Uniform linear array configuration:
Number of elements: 32
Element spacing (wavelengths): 1
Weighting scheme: cosine
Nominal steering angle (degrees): -45
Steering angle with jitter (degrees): -44.613
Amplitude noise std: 0.05
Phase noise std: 0.05

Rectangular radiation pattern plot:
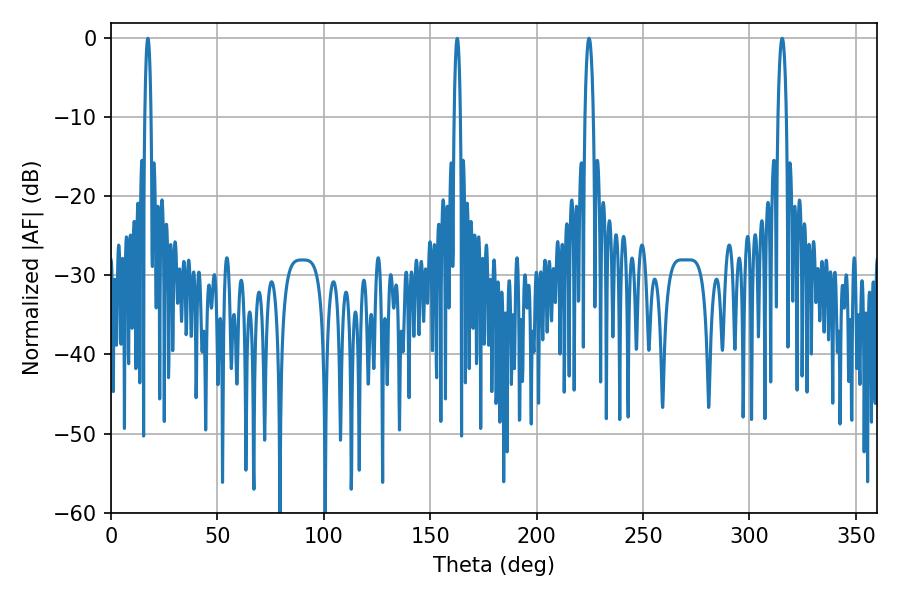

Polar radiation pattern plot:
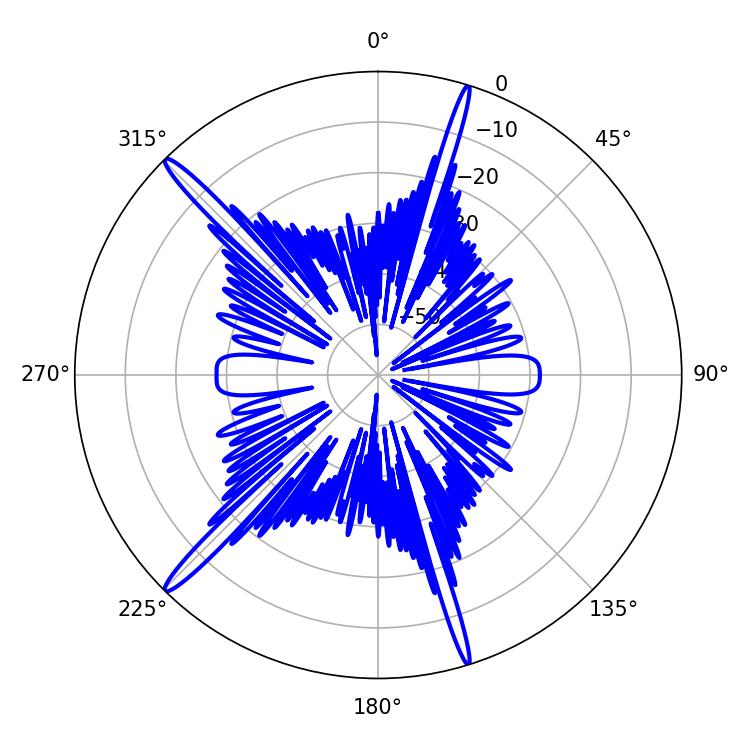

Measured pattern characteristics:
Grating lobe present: TRUE
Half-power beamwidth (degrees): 2.16
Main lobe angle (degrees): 315.36